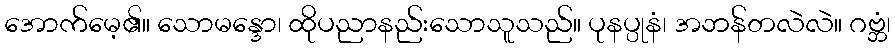
အောက်မေ့၏။ သောမန္ဒော၊ ထိုပညာနည်းသောသူသည်။ ပုနပ္ပုနံ၊ အဘန်တလဲလဲ။ ဂဗ္ဘံ၊